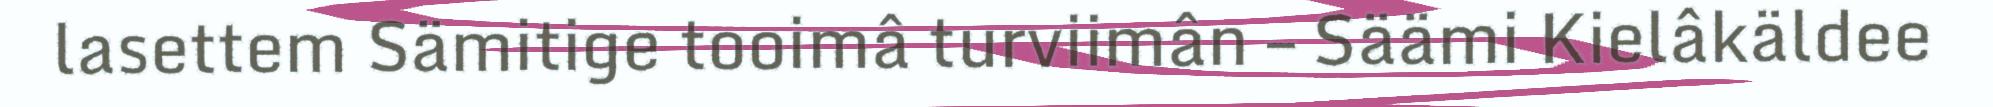
lasettem Sämitige tooimâ turviimân – Säämi Kielâkäldee